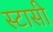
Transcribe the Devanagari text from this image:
स्टासी